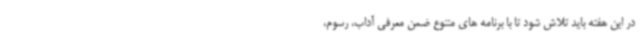
در این هفته باید تلاش شود تا با برنامه های متنوع ضمن معرفی آداب، رسوم،